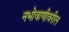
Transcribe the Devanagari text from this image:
नभोवाणीवरील